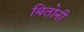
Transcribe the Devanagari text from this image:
बितोनी